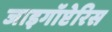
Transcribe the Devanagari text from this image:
जाइगॉप्टेरिस